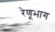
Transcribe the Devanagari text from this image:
रेणूभाग